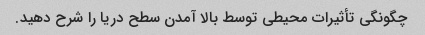
چگونگی تأثیرات محیطی توسط بالا آمدن سطح دریا را شرح دهید.